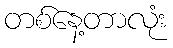
တစ်နေ့တာလုံး